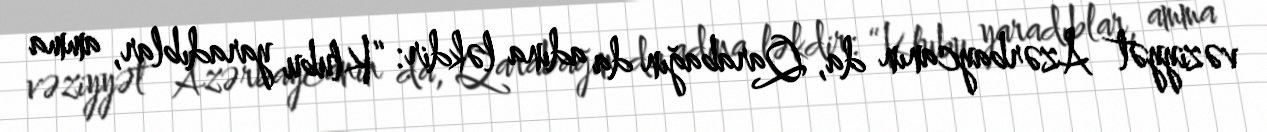
vəziyyət Azərbaycanın da, Qarabağın da adına ləkdir: “Klubu yaradıblar, amma